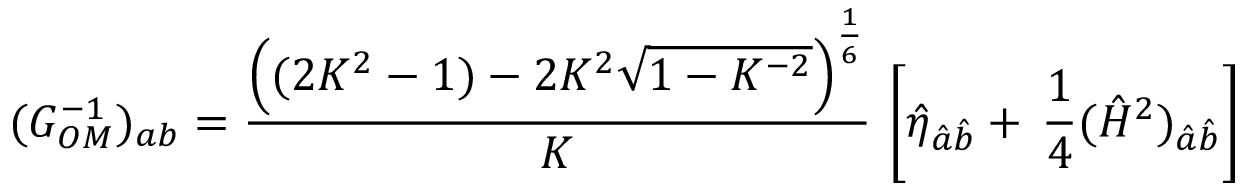
( G _ { O M } ^ { - 1 } ) _ { a b } = { \frac { \left( ( 2 K ^ { 2 } - 1 ) - 2 K ^ { 2 } \sqrt { 1 - K ^ { - 2 } } \right) ^ { \frac { 1 } { 6 } } } { K } } \, \left[ \hat { \eta } _ { \hat { a } \hat { b } } + \, { \frac { 1 } { 4 } } ( \hat { { \cal H } } ^ { 2 } ) _ { \hat { a } \hat { b } } \right]